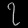
Digit: ၇